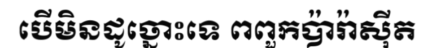
បើមិនដូច្នោះទេ ពពួកប៉ារ៉ាស៊ីត